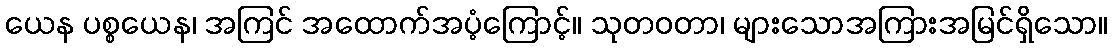
ယေန ပစ္စယေန၊ အကြင် အထောက်အပံ့ကြောင့်။ သုတဝတာ၊ များသောအကြားအမြင်ရှိသော။